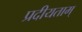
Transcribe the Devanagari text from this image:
प्रदीयताम्